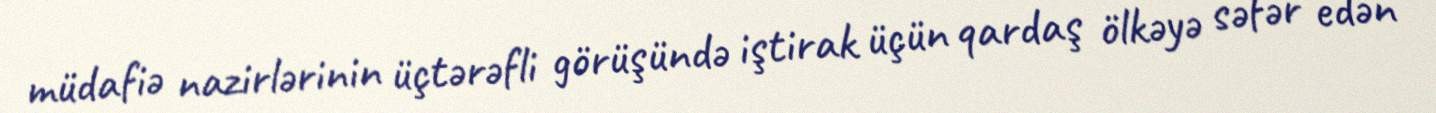
müdafiə nazirlərinin üçtərəfli görüşündə iştirak üçün qardaş ölkəyə səfər edən